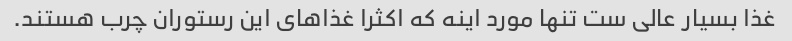
غذا بسیار عالی ست تنها مورد اینه که اکثرا غذاهای این رستوران چرب هستند.